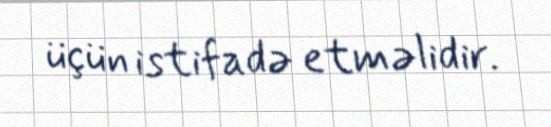
üçün istifadə etməlidir.